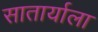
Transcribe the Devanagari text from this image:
सातार्याला